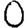
Digit: 0